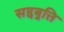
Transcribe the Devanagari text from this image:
सद्दबुत्ति